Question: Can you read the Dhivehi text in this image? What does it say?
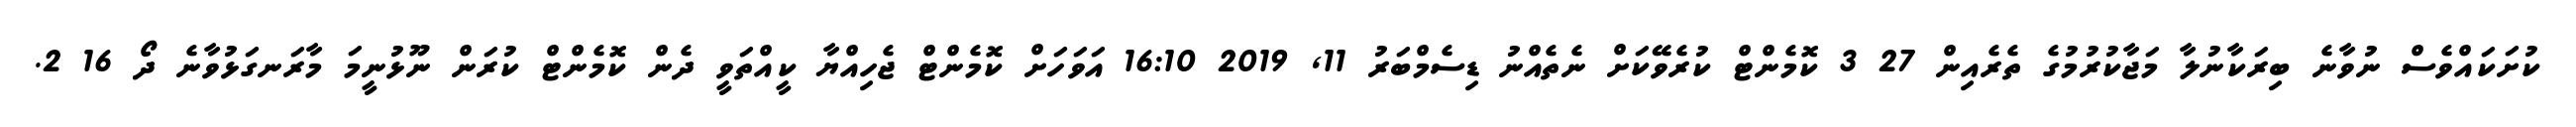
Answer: ކުށަކައްވެސް ނުވާނެ ބިރަކާނުލާ މަޖާކުރުމުގެ ތެރެއިން 27 3 ކޮމެންޓް ކުރެވޭކަށް ނެތެއްނު ޑިސެމްބަރު 11, 2019 16:10 އަވަހަށް ކޮމެންޓް ޖެހިއްޔާ ކީއްތަވީ ދެން ކޮމެންޓް ކުރަން ނޫޅުނީމަ މާރަނގަޅުވާނެ ދޯ 16 2.